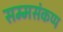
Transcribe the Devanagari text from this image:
सम्मसंकप्प